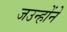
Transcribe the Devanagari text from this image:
जउन्होंने